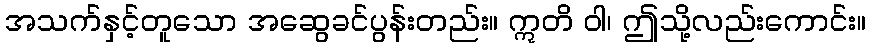
အသက်နှင့်တူသော အဆွေခင်ပွန်းတည်း။ ဣတိ ဝါ၊ ဤသို့လည်းကောင်း။